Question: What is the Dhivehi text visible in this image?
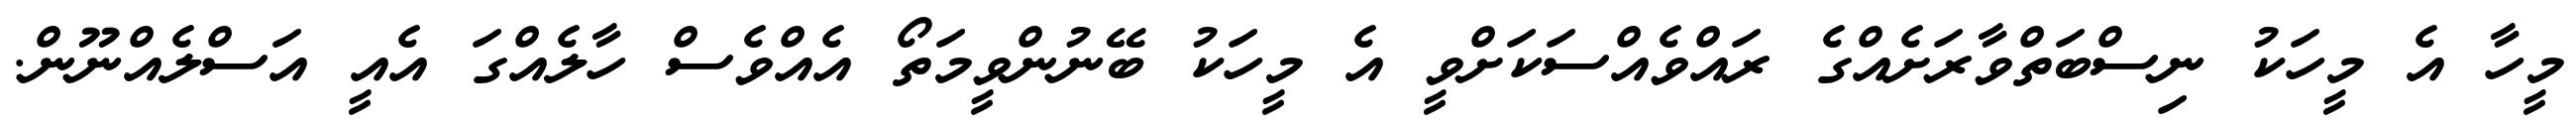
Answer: މީހާ އެ މީހަކު ނިސްބަތްވާރަށެއްގެ ރައްވެއްސަކަށްވީ އެ މީހަކު ބޭނުންވީމަތޯ އެއްވެސް ހާލެއްގަ އެއީ އަސްލެއްނޫން.